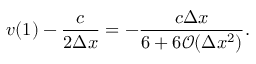
v ( 1 ) - \frac { c } { 2 \Delta x } = - \frac { c \Delta x } { 6 + 6 \mathcal { O } ( \Delta x ^ { 2 } ) } .